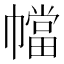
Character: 𫷑